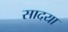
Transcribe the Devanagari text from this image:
सादया